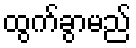
ထွက်ခွာမည်